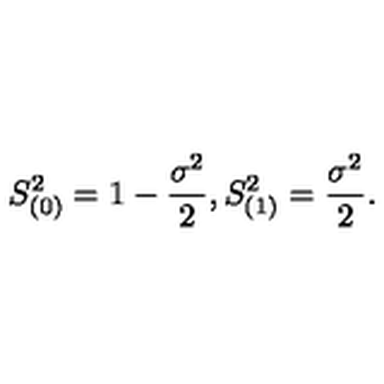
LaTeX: S _ { ( 0 ) } ^ { 2 } = 1 - \frac { \sigma ^ { 2 } } 2 , S _ { ( 1 ) } ^ { 2 } = \frac { \sigma ^ { 2 } } 2 .